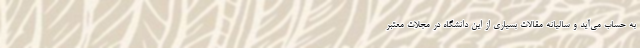
به حساب می‌آید و سالیانه مقالات بسیاری از این دانشگاه در مجلات معتبر